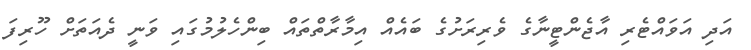
އަދި އަވައްޓެރި އާޖެންޓީނާގެ ވެރިރަށުގެ ބައެއް އިމާާރާތްތައް ބިންހެލުމުގައި ވަނީ ދެއަތަށް ހޫރިފަ